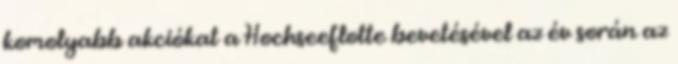
komolyabb akciókat a Hochseeflotte bevetésével az év során az